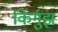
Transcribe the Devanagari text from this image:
किर्गुझ